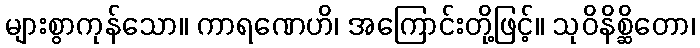
များစွာကုန်သော။ ကာရဏေဟိ၊ အကြောင်းတို့ဖြင့်။ သုဝိနိစ္ဆိတော၊